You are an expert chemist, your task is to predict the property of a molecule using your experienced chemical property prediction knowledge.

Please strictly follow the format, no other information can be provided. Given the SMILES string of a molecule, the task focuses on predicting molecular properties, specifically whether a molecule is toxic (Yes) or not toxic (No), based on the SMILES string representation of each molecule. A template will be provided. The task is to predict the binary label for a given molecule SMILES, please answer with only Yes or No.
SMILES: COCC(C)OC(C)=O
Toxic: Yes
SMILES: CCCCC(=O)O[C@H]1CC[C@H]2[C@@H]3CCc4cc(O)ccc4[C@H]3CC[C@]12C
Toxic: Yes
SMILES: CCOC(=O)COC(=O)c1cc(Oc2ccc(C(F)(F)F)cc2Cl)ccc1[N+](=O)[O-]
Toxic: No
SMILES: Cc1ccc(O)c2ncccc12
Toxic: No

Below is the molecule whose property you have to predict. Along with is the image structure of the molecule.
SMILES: CC(C(=O)O)c1cccc(C(=O)c2ccccc2)c1
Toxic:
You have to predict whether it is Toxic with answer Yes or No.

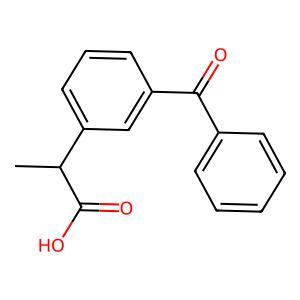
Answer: No